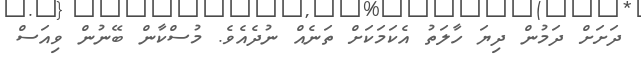
ދަށަށް ދަމުން ދިޔަ ހާލަތު އެކަމަކަށް ތަނެއް ނުދެއެވެ. މުސްކާން ބޭނުން ވިއަސް